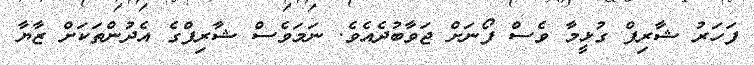
ފަހަރު ޝާރިފް ގުޅީމާ ވެސް ފޯނަށް ޖަވާބުދެއެވެ. ނަމަވެސް ޝާރިފްގެ އެދުންތަކަށް ޒާޔާ